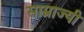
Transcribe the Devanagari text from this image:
साम्राज्यी